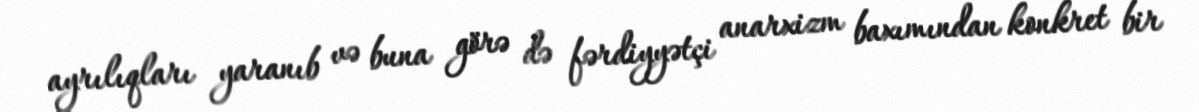
ayrılıqları yaranıb və buna görə də fərdiyyətçi anarxizm baxımından konkret bir